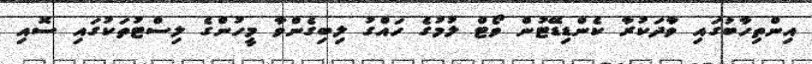
އިންތިހާބުގައި ވާދަކުރާ ކެންޑިޑޭޓުން ވޯޓް ލުމުގެ ހައްގު ލިބިގެންވާ މީހުންގެ ލިސްޓުތަކުގައި ސޮއި